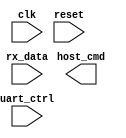
/**
  * No payloads are implemented, but would
  * need to be for STATUS, READ and WRITE commands.
  */
module host_uart_ctrl (
    input clk, reset,
    input [7:0] rx_data, uart_ctrl,
    output [3:0] host_cmd
);

reg PS, NS;

// uart_ctrl register bit names
parameter [4:1] RX_CONTAINS_DATA = 2'd2, TX_SENDING = 2'd1, TX_EN = 2'd0; 

// states
parameter [5:1] IDLE = 5'h00, GET_CMD = 5'h01, 
                EXEC_INIT = 5'h11, EXEC_STATUS = 5'h12, EXEC_READ = 5'h13, EXEC_WRITE = 5'h14;

// incoming bytes
parameter [8:1] START_BYTE = 8'hA5, 
                STATUS = 8'h50, READ = 8'h20, WRITE = 8'h40;

always @(posedge clk, posedge reset) begin
    if (reset)  PS <= IDLE;
    else        PS <= NS;
end 

always @* begin

    case (PS)
        IDLE: begin
            if (uart_ctrl[RX_CONTAINS_DATA] && rx_data == START_BYTE) begin
                NS = GET_CMD;
            end
        end

        GET_CMD: begin
            if (uart_ctrl[RX_CONTAINS_DATA]) begin
                case (rx_data)
                    // INIT:    NS = EXEC_INIT;
                    // STATUS:  NS = EXEC_STATUS;
                    // READ:    NS = EXEC_READ;
                    // WRITE:   NS = EXEC_WRITE;
                    default: NS = IDLE;
                endcase
            end
        end

        // EXEC_STATUS: begin
            
        // end

        // EXEC_READ: begin
            
        // end

        // EXEC_WRITE: begin
            
        // end

        default: begin
            NS = IDLE;
        end
    endcase


end

endmodule